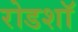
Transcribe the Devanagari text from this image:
रोडशाॅ